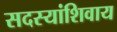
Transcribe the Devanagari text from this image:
सदस्यांशिवाय